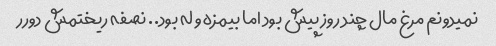
نمیدونم مرغ مال چند روز پیش بود اما بیمزه و له بود.. نصفه ریختمش دورر